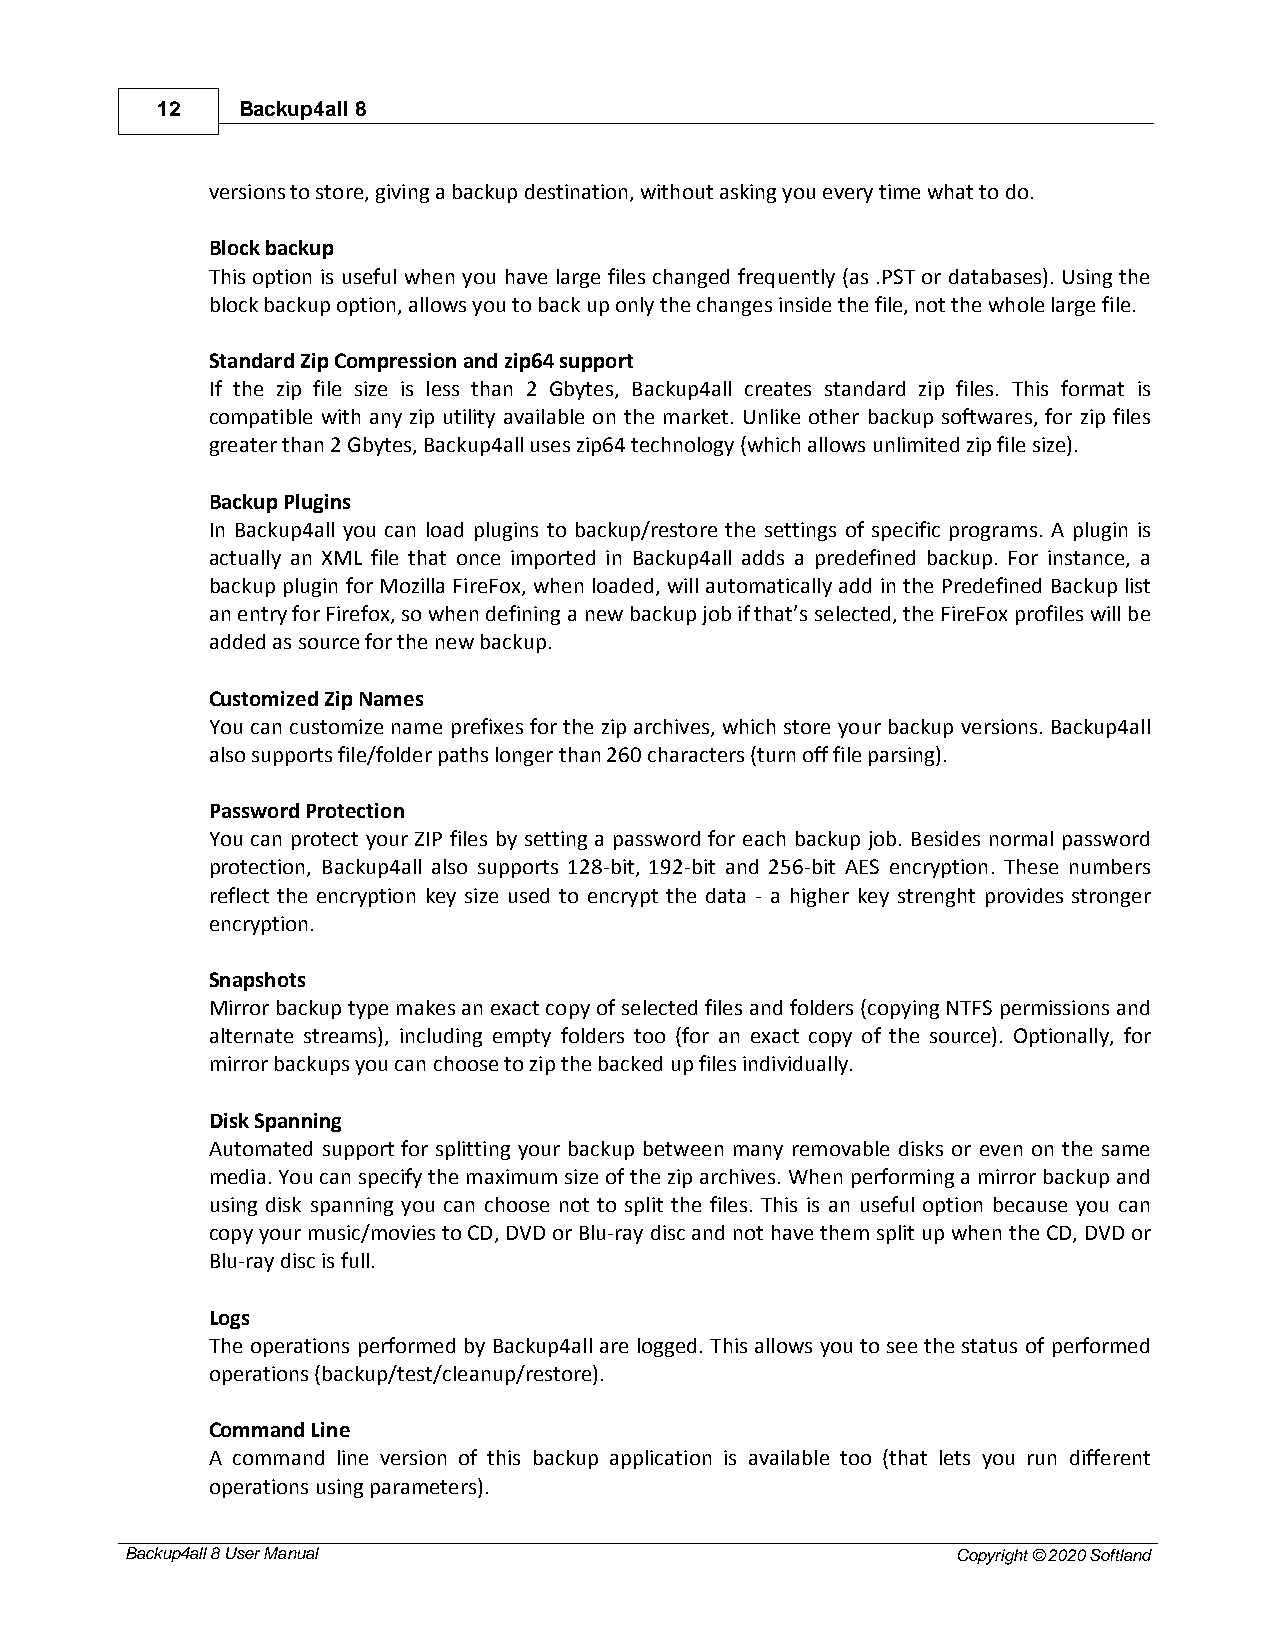
12    Backup4all 8
 versions to store, giving a backup destination, without asking you every time what to do.
 Block backup
 This option is useful when you have large files changed frequently (as .PST or databases). Using the
 block backup option, allows you to back up only the changes inside the file, not the whole large file.
 Standard Zip Compression and zip64 support
 If the zip file size is less than 2 Gbytes, Backup4all creates standard zip files. This format is
 compatible with any zip utility available on the market. Unlike other backup softwares, for zip files
 greater than 2 Gbytes, Backup4all uses zip64 technology (which allows unlimited zip file size).
 Backup Plugins
 In Backup4all you can load plugins to backup/restore the settings of specific programs. A plugin is
 actually an XML file that once imported in Backup4all adds a predefined backup. For instance, a
 backup plugin for Mozilla FireFox, when loaded, will automatically add in the Predefined Backup list
 an entry for Firefox, so when defining a new backup job if that’s selected, the FireFox profiles will be
 added as source for the new backup.
 Customized Zip Names
 You can customize name prefixes for the zip archives, which store your backup versions. Backup4all
 also supports file/folder paths longer than 260 characters (turn off file parsing).
 Password Protection
 You can protect your ZIP files by setting a password for each backup job. Besides normal password
 protection, Backup4all also supports 128-bit, 192-bit and 256-bit AES encryption. These numbers
 reflect the encryption key size used to encrypt the data - a higher key strenght provides stronger
 encryption.
 Snapshots
 Mirror backup type makes an exact copy of selected files and folders (copying NTFS permissions and
 alternate streams), including empty folders too (for an exact copy of the source). Optionally, for
 mirror backups you can choose to zip the backed up files individually.
 Disk Spanning
 Automated support for splitting your backup between many removable disks or even on the same
 media. You can specify the maximum size of the zip archives. When performing a mirror backup and
 using disk spanning you can choose not to split the files. This is an useful option because you can
 copy your music/movies to CD, DVD or Blu-ray disc and not have them split up when the CD, DVD or
 Blu-ray disc is full.
 Logs
 The operations performed by Backup4all are logged. This allows you to see the status of performed
 operations (backup/test/cleanup/restore).
 Command Line
 A command line version of this backup application is available too (that lets you run different
 operations using parameters).
 Backup4all 8 User Manual                               Copyright © 2020 Softland